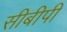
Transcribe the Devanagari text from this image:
सीबीपी